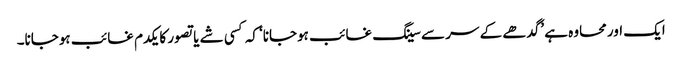
ایک اور محاوہ ہے ’گدھے کے سر سے سینگ غائب ہوجانا‘ کہ کسی شے یا تصور کا یکدم غائب ہوجانا۔